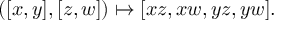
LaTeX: ( [ x , y ] , [ z , w ] ) \mapsto [ x z , x w , y z , y w ] .